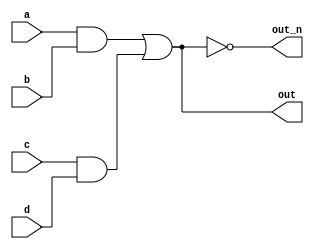
`default_nettype none
module top_module(
    input a,
    input b,
    input c,
    input d,
    output out,
    output out_n   ); 
    
    wire wire1, wire2, wire3;
    assign wire1 = a & b;
    assign wire2 = c & d;
    assign wire3 = wire1 | wire2;
    assign out = wire3;
    assign out_n = ~wire3;
    
endmodule